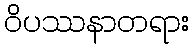
ဝိပဿနာတရား